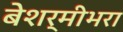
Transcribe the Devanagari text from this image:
बेशर्मीभरा